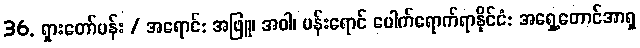
36. ရှားတော်ပန်း / အရောင်: အဖြူ၊ အဝါ၊ ပန်းရောင် ပေါက်ရောက်ရာနိုင်ငံ: အရှေ့တောင်အာရှ